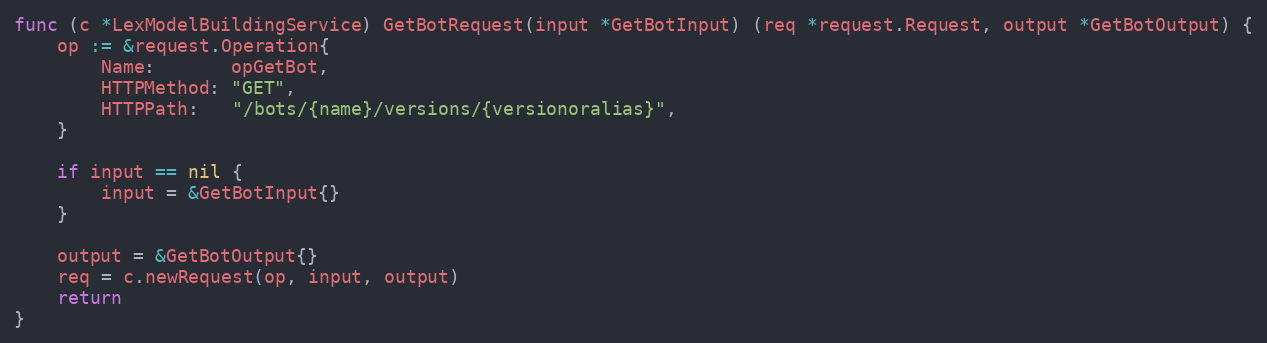
Language: Go
func (c *LexModelBuildingService) GetBotRequest(input *GetBotInput) (req *request.Request, output *GetBotOutput) {
	op := &request.Operation{
		Name:       opGetBot,
		HTTPMethod: "GET",
		HTTPPath:   "/bots/{name}/versions/{versionoralias}",
	}

	if input == nil {
		input = &GetBotInput{}
	}

	output = &GetBotOutput{}
	req = c.newRequest(op, input, output)
	return
}